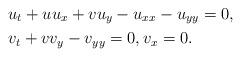
LaTeX: \begin{align*}&u_t+uu_x+vu_y-u_{xx}-u_{yy}=0,\\&v_t+vv_y-v_{yy}=0,v_x=0.\end{align*}